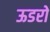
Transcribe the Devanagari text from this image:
ऊडरो